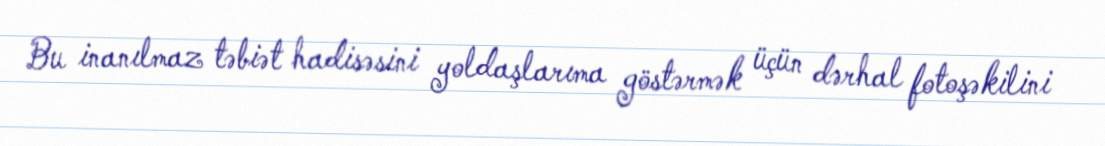
Bu inanılmaz təbiət hadisəsini yoldaşlarıma göstərmək üçün dərhal fotoşəkilini